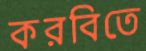
করবিতে